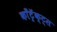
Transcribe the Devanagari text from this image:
काँट्रॅक्ट्स